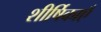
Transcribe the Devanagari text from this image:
शीर्षिकाएँ